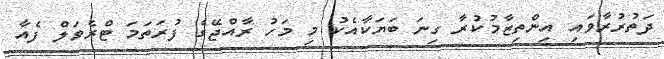
ދަތުރުރާވައި އިންތިޒާމުކުރާ ގިނަ ބަޔަކާއެކު މި މަހު ރާއްޖޭގެ ފުރަތަމަ ޓްރެވަލް ފެއާ